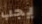
يجب